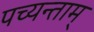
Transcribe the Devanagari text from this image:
पच्यन्ताम्‌